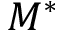
M ^ { * }